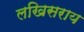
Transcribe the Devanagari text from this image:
लखिसराय